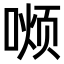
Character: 𫫏